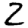
Digit: 2